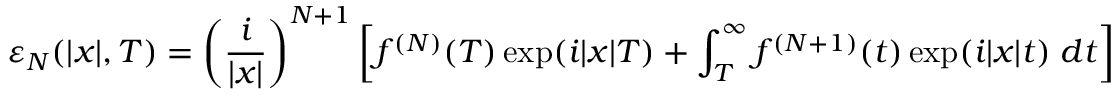
\varepsilon _ { N } ( \lvert x \rvert , T ) = \left( \frac { i } { \lvert x \rvert } \right) ^ { N + 1 } \left[ f ^ { ( N ) } ( T ) \exp ( i \lvert x \rvert T ) + \int _ { T } ^ { \infty } f ^ { ( N + 1 ) } ( t ) \exp ( i \lvert x \rvert t ) \; d t \right]